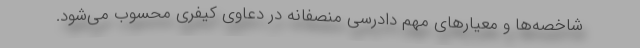
شاخصه‌ها و معیارهای مهم دادرسی منصفانه در دعاوی کیفری محسوب می‌شود.